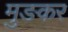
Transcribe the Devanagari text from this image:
मुङकर